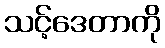
သင့်ဒေတာကို